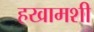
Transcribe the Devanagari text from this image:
हखामशी